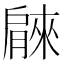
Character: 𦠘